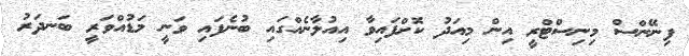
ފިނޭންސް މިނިސްޓްރީ އިން މިއަދު ކޮށްފައިވާ އިއުލާނެއްގައި ބުނެފައި ވަނީ މަޑުއްވަރީ ބަނދަރު